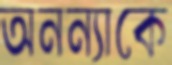
অনন্যাকে